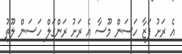
އެ ރަށު ފަޒާ ހަސަން މޫސާ އެ ރަށު ރަންގަލް ހަސަން ލޫތު